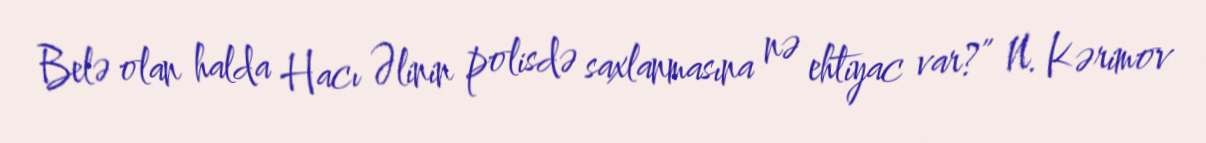
Belə olan halda Hacı Əlinin polisdə saxlanmasına nə ehtiyac var?” N. Kərimov